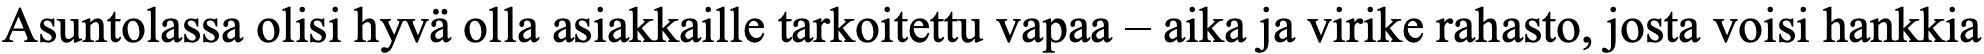
Asuntolassa olisi hyvä olla asiakkaille tarkoitettu vapaa – aika ja virike rahasto, josta voisi hankkia